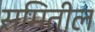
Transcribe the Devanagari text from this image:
समितील